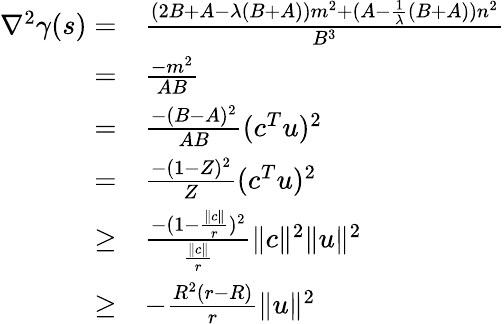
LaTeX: \begin{array}{rl}{\nabla^{2}\gamma(s)=}&{\frac{(2B+A-\lambda(B+A))m^{2}+(A-\frac{1}{\lambda}(B+A))n^{2}}{B^{3}}}\\ {=}&{\frac{-m^{2}}{AB}}\\ {=}&{\frac{-(B-A)^{2}}{AB}(c^{T}u)^{2}}\\ {=}&{\frac{-(1-Z)^{2}}{Z}(c^{T}u)^{2}}\\ {\geq}&{\frac{-(1-\frac{\| c\| }{r})^{2}}{\frac{\| c\| }{r}}\| c\| ^{2}\| u\| ^{2}}\\ {\geq}&{-\frac{R^{2}(r-R)}{r}\| u\| ^{2}}\end{array}